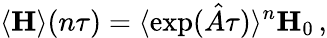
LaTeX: \langle{\mathbf H}\rangle(n\tau)=\langle\exp({\hat{A}}\tau)\rangle^{n}{\mathbf H}_{0}\, ,